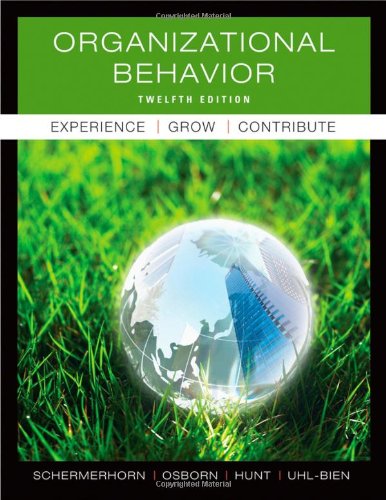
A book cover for Organizational Behavior; John R. Schermerhorn Jr.; Business & Money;